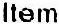
ITEM